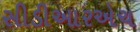
સીડીઆરએચ